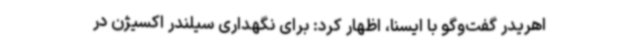
اهریدر گفت‌وگو با ایسنا، اظهار کرد: برای نگهداری سیلندر اکسیژن در